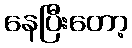
နေပြီးတော့